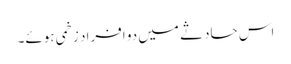
اس حادثے میں دو افراد زخمی ہوئے۔